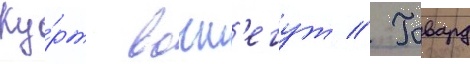
Ку́рт вонн'егут // Говард